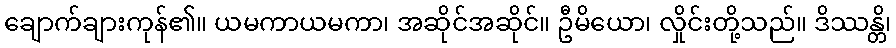
ချောက်ချားကုန်၏။ ယမကာယမကာ၊ အဆိုင်အဆိုင်။ ဦမိယော၊ လှိုင်းတို့သည်။ ဒိဿန္တိ၊